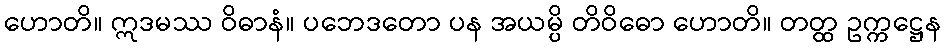
ဟောတိ။ ဣဒမဿ ဝိဓာနံ။ ပဘေဒတော ပန အယမ္ပိ တိဝိဓော ဟောတိ။ တတ္ထ ဥက္ကဋ္ဌေန